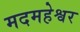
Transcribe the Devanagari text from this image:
मदमहेश्वर